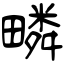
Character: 疄